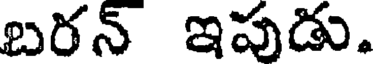
బరన్ ఇపుడు.